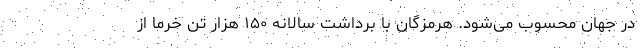
در جهان محسوب می‌شود. هرمزگان با برداشت سالانه ۱۵۰ هزار تن خرما از